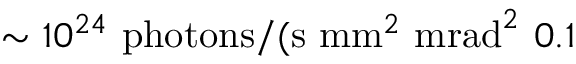
\sim 1 0 ^ { 2 4 } \ \mathrm { p h o t o n s } / ( \mathrm { s } \ \mathrm { m m } ^ { 2 } \ \mathrm { m r a d } ^ { 2 } \ 0 . 1 \